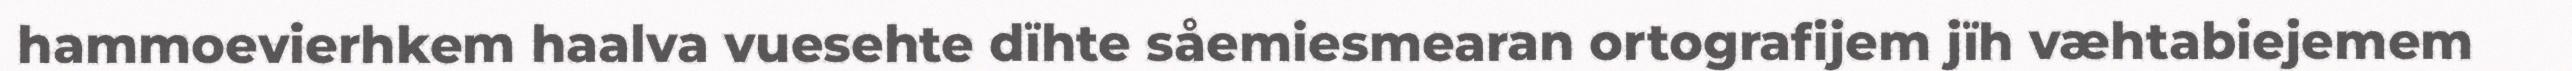
hammoevierhkem haalva vuesehte dïhte såemiesmearan ortografijem jïh væhtabiejemem